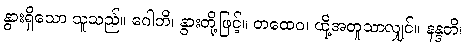
နွားရှိသော သူသည်။ ဂေါဘိ၊ နွားတို့ဖြင့်။ တထေဝ၊ ထို့အတူသာလျှင်။ နန္ဒတိ၊